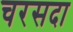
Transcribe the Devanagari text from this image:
चरसदा